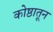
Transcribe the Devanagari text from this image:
कोष्ठातून